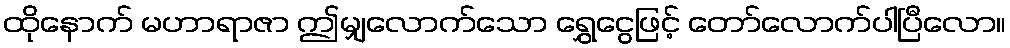
ထိုနောက် မဟာရာဇာ ဤမျှလောက်သော ရွှေငွေဖြင့် တော်လောက်ပါပြီလော။